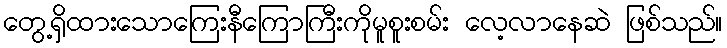
တွေ့ရှိထားသောကြေးနီကြောကြီးကိုမူစူးစမ်း လေ့လာနေဆဲ ဖြစ်သည်။